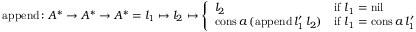
{ \mathrm { a p p e n d } } \colon A ^ { * } \to A ^ { * } \to A ^ { * } = l _ { 1 } \mapsto l _ { 2 } \mapsto { \left\{ \begin{array} { l l } { l _ { 2 } } & { { \mathrm { i f } } \ l _ { 1 } = { \mathrm { n i l } } } \\ { { \mathrm { c o n s } } \, a \, ( { \mathrm { a p p e n d } } \, l _ { 1 } ^ { \prime } \, l _ { 2 } ) } & { { \mathrm { i f } } \ l _ { 1 } = { \mathrm { c o n s } } \, a \, l _ { 1 } ^ { \prime } } \end{array} \right. }